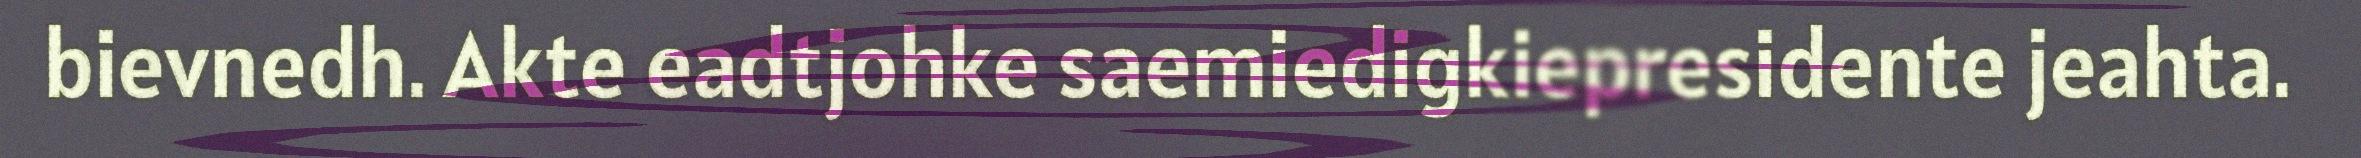
bievnedh. Akte eadtjohke saemiedigkiepresidente jeahta.